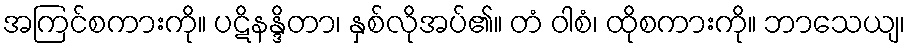
အကြင်စကားကို။ ပဋိနန္ဒိတာ၊ နှစ်လိုအပ်၏။ တံ ဝါစံ၊ ထိုစကားကို။ ဘာသေယျ၊